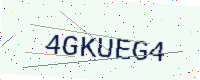
Text: 4GKUEG4